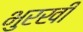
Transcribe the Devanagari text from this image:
भुरखी